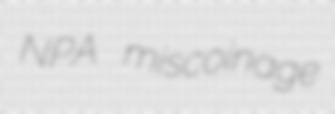
NPA miscoinage